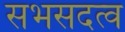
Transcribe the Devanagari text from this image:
सभसदत्व